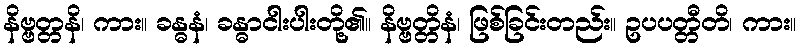
နိဗ္ဗတ္တနိ၊ ကား။ ခန္ဓနံ၊ ခန္ဓာငါးပါးတို့၏။ နိဗ္ဗတ္တိနံ၊ ဖြစ်ခြင်းတည်း။ ဥပပတ္တီတိ၊ ကား။